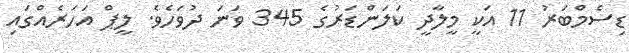
ޑިސެމްބަރު 11 އަކީ މީލާދީ ކަލަންޑަރުގެ 345 ވަނަ ދުވަހެވެ. ލީޕް އަހަރެއްގައި